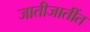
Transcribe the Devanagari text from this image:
जातीजातींत